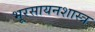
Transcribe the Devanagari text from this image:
भूरसायनशास्त्र